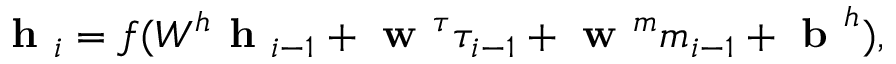
\textbf { h } _ { i } = f ( W ^ { h } \textbf { h } _ { i - 1 } + \textbf { w } ^ { \tau } \tau _ { i - 1 } + \textbf { w } ^ { m } m _ { i - 1 } + \textbf { b } ^ { h } ) ,